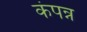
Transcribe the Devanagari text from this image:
कंपन्न